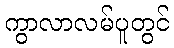
ကွာလာလမ်ပူတွင်